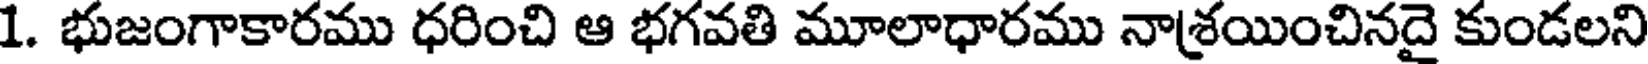
1. భుజంగాకారము ధరించి ఆ భగవతి మూలాధారము నాశ్రయించినదై కుండలని